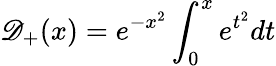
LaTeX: \mathscr{D}_{+}(x)=e^{-x^{2}}\int_{0}^{x}e^{t^{2}}dt